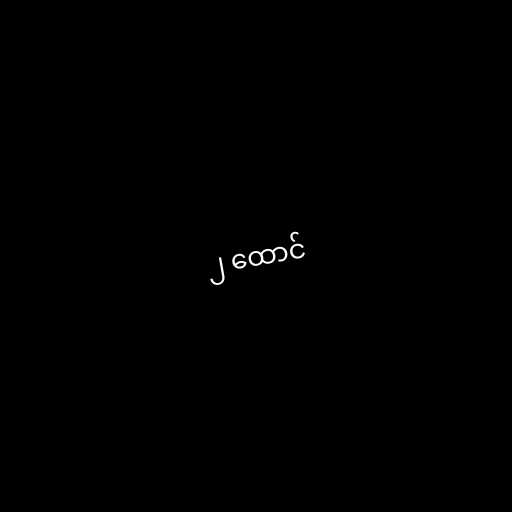
၂ ထောင်